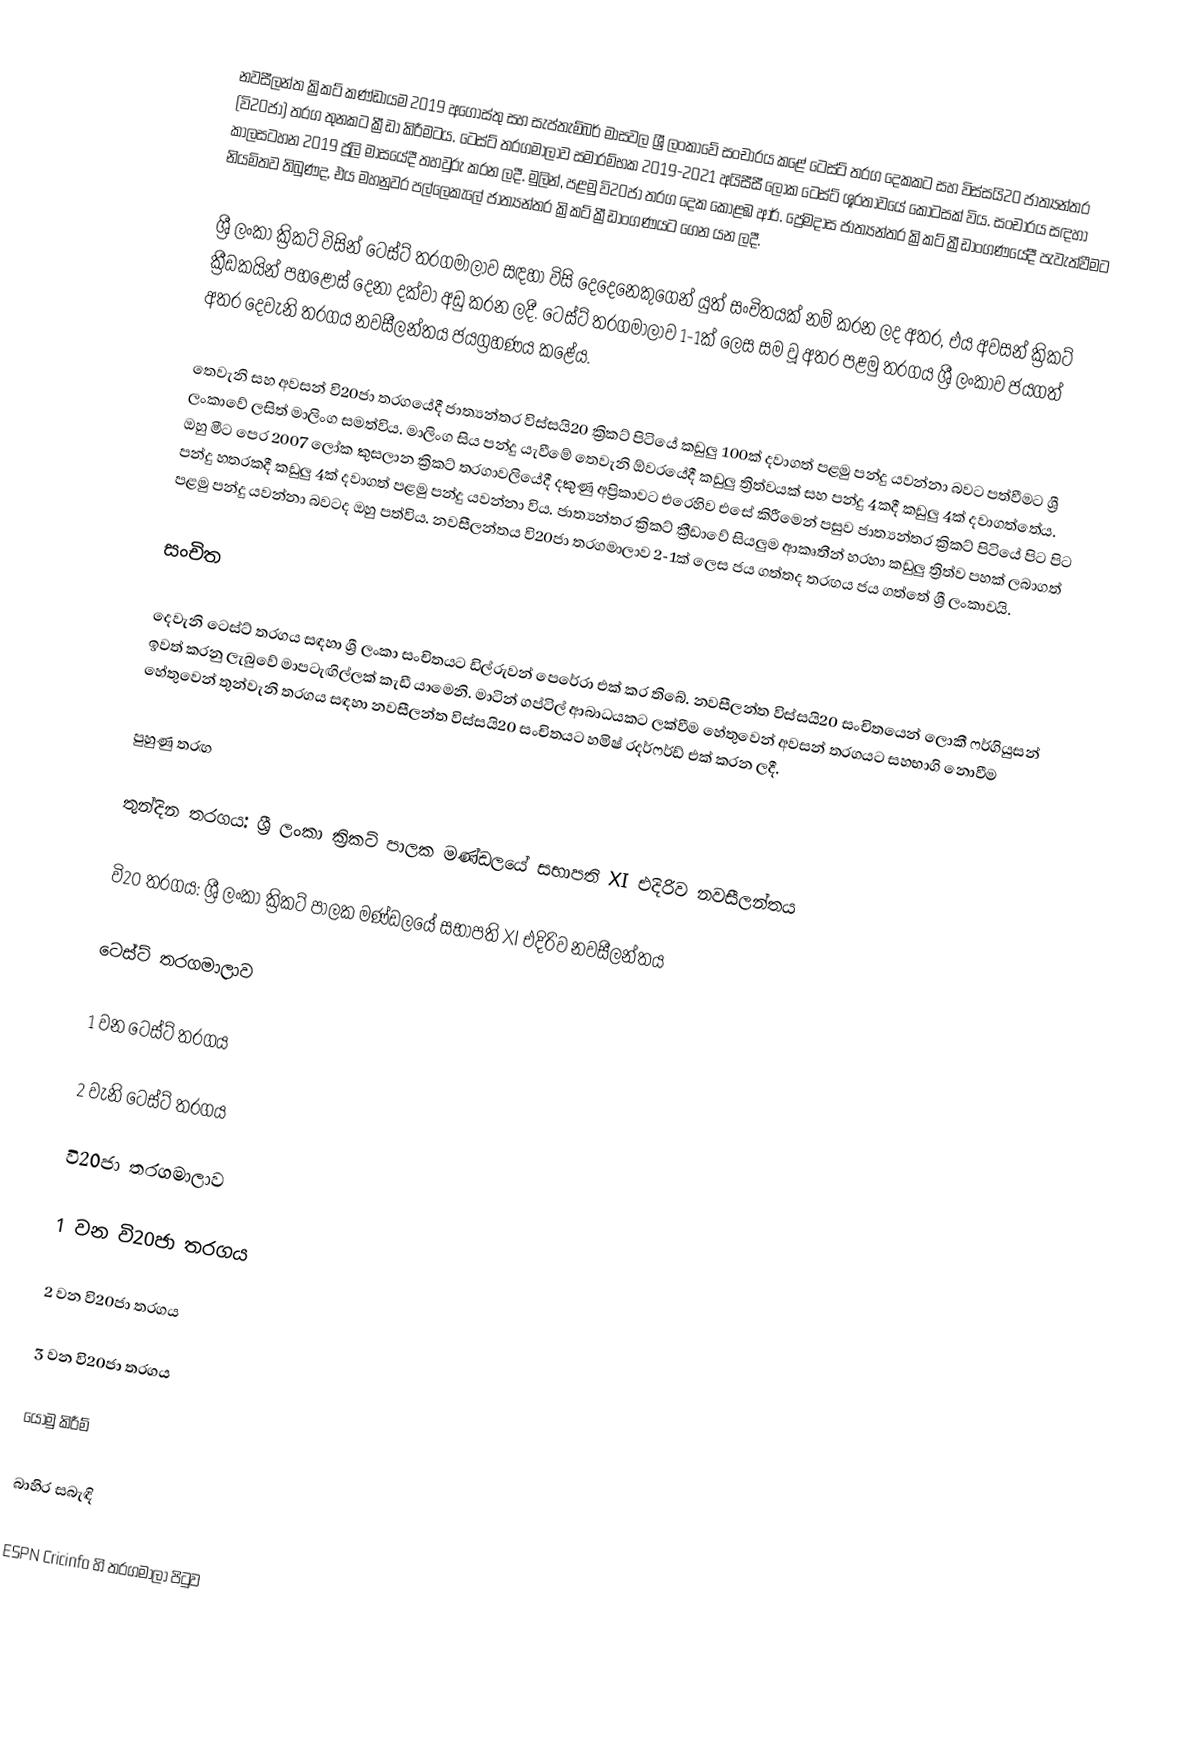
නවසීලන්ත ක්‍රිකට් කණ්ඩායම 2019 අගෝස්තු සහ සැප්තැම්බර් මාසවල ශ්‍රී ලංකාවේ සංචාරය කළේ ටෙස්ට් තරග දෙකකට සහ විස්සයි20 ජාත්‍යන්තර (වි20ජා) තරග තුනකට ක්‍රීඩා කිරීමටය. ටෙස්ට් තරගමාලාව සමාරම්භක 2019-2021 අයිසීසී ලෝක ටෙස්ට් ශූරතාවයේ කොටසක් විය. සංචාරය සඳහා කාලසටහන 2019 ජූලි මාසයේදී තහවුරු කරන ලදී. මුලින්, පළමු වි20ජා තරග දෙක කොළඹ ආර්. ප්‍රේමදාස ජාත්‍යන්තර ක්‍රිකට් ක්‍රීඩාංගණයේදී පැවැත්වීමට නියමිතව තිබුණද, එය මහනුවර පල්ලෙකැලේ ජාත්‍යන්තර ක්‍රිකට් ක්‍රීඩාංගණයට ගෙන යන ලදී.

ශ්‍රී ලංකා ක්‍රිකට් විසින් ටෙස්ට් තරගමාලාව සඳහා විසි දෙදෙනෙකුගෙන් යුත් සංචිතයක් නම් කරන ලද අතර, එය අවසන් ක්‍රිකට් ක්‍රීඩකයින් පහළොස් දෙනා දක්වා අඩු කරන ලදී. ටෙස්ට් තරගමාලාව 1-1ක් ලෙස සම වූ අතර පළමු තරගය ශ්‍රී ලංකාව ජයගත් අතර දෙවැනි තරගය නවසීලන්තය ජයග්‍රහණය කළේය.

තෙවැනි සහ අවසන් වි20ජා තරගයේදී ජාත්‍යන්තර විස්සයි20 ක්‍රිකට් පිටියේ කඩුලු 100ක් දවාගත් පළමු පන්දු යවන්නා බවට පත්වීමට ශ්‍රී ලංකාවේ ලසිත් මාලිංග සමත්විය. මාලිංග සිය පන්දු යැවීමේ තෙවැනි ඕවරයේදී කඩුලු ත්‍රිත්වයක් සහ පන්දු 4කදී කඩුලු 4ක් දවාගත්තේය. ඔහු මීට පෙර 2007 ලෝක කුසලාන ක්‍රිකට් තරගාවලියේදී දකුණු අප්‍රිකාවට එරෙහිව එසේ කිරීමෙන් පසුව ජාත්‍යන්තර ක්‍රිකට් පිටියේ පිට පිට පන්දු හතරකදී කඩුලු 4ක් දවාගත් පළමු පන්දු යවන්නා විය. ජාත්‍යන්තර ක්‍රිකට් ක්‍රීඩාවේ සියලුම ආකෘතීන් හරහා කඩුලු ත්‍රිත්ව පහක් ලබාගත් පළමු පන්දු යවන්නා බවටද ඔහු පත්විය. නවසීලන්තය වි20ජා තරගමාලාව 2-1ක් ලෙස ජය ගත්තද තරඟය ජය ගත්තේ ශ්‍රී ලංකාවයි.

සංචිත

දෙවැනි ටෙස්ට් තරගය සඳහා ශ්‍රී ලංකා සංචිතයට ඩිල්රුවන් පෙරේරා එක් කර තිබේ.  නවසීලන්ත විස්සයි20 සංචිතයෙන් ලොකී ෆර්ගියුසන් ඉවත් කරනු ලැබුවේ මාපටැඟිල්ලක් කැඩී යාමෙනි.  මාටින් ගප්ටිල් ආබාධයකට ලක්වීම හේතුවෙන් අවසන් තරගයට සහභාගි නොවීම හේතුවෙන් තුන්වැනි තරගය සඳහා නවසීලන්ත විස්සයි20 සංචිතයට හමිෂ් රදර්ෆර්ඩ් එක් කරන ලදී.

පුහුණු තරඟ

තුන්දින තරගය: ශ්‍රී ලංකා ක්‍රිකට් පාලක මණ්ඩලයේ සභාපති XI එදිරිව නවසීලන්තය

වි20 තරගය: ශ්‍රී ලංකා ක්‍රිකට් පාලක මණ්ඩලයේ සභාපති XI එදිරිව නවසීලන්තය

ටෙස්ට් තරගමාලාව

1 වන ටෙස්ට් තරගය

2 වැනි ටෙස්ට් තරගය

වි20ජා තරගමාලාව

1 වන වි20ජා තරගය

2 වන වි20ජා තරගය

3 වන වි20ජා තරගය

යොමු කිරීම්

බාහිර සබැඳි

 ESPN Cricinfo හි තරගමාලා පිටුව